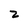
Character: 2